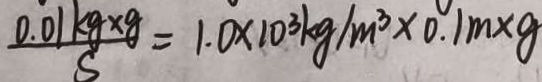
\frac { 0 . 0 1 k g \times g } { 8 } = 1 . 0 \times 1 0 ^ { 3 } k g / m ^ { 3 } \times 0 . 1 m \times g